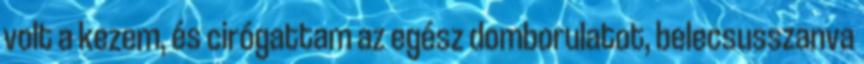
volt a kezem, és cirógattam az egész domborulatot, belecsusszanva